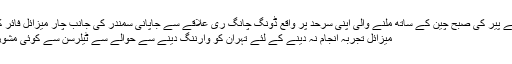
شمالی کوریا نے پیر کی صبح چین کے ساتھ ملنے والی اپنی سرحد پر واقع ڈونگ چانگ ری علاقے سے جاپانی سمندر کی جانب چار میزائل فائر کئے جو اس ...
میزائل تجربہ انجام نہ دینے کے لئے تہران کو وارننگ دینے سے حوالے سے ٹیلرسن سے کوئی مشورہ نہیں کیا تھا۔